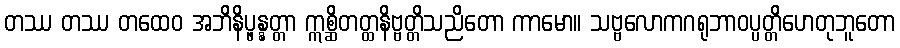
တဿ တဿ တထေဝ အဘိနိပ္ဖန္နတ္တာ ဣစ္ဆိတတ္ထနိဗ္ဗတ္တိသညိတော ကာမော။ သဗ္ဗလောကဂရုဘာဝပ္ပတ္တိဟေတုဘူတော